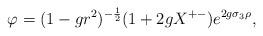
LaTeX: \begin{align*}\varphi = (1 - g r^2)^{-{1\over 2}}(1 + 2g X^{+-}) e^{2g\sigma_3 \rho} ,\end{align*}